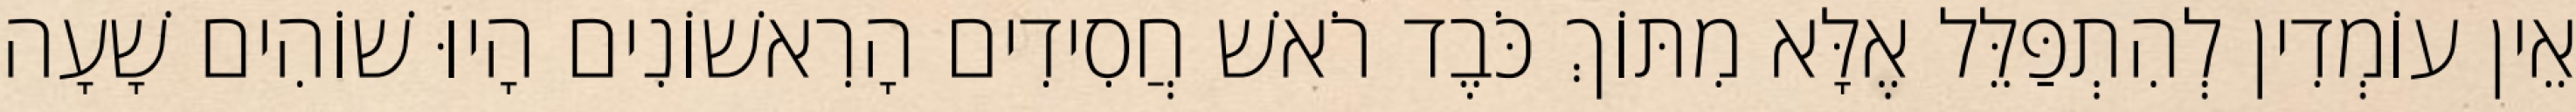
אֵין עוֹמְדִין לְהִתְפַּלֵּל אֶלָּא מִתּוֹךְ כֹּבֶד רֹאשׁ חֲסִידִים הָרִאשׁוֹנִים הָיוּ שׁוֹהִים שָׁעָה